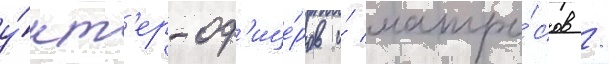
у́нт'ер-оф'ице́ров и́ матро́сов /